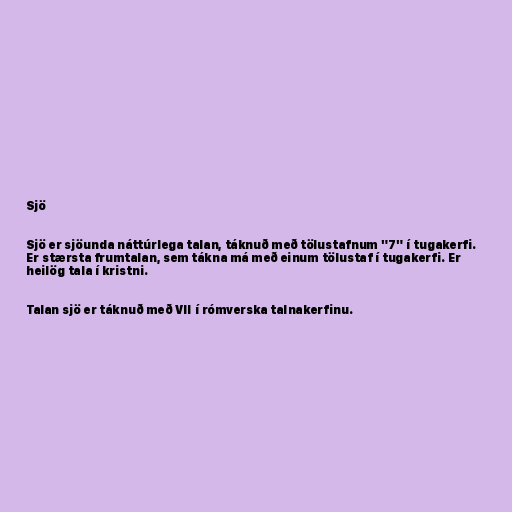
Sjö

Sjö er sjöunda náttúrlega talan, táknuð með tölustafnum "7" í tugakerfi.
Er stærsta frumtalan, sem tákna má með einum tölustaf í tugakerfi. Er
heilög tala í kristni.

Talan sjö er táknuð með VII í rómverska talnakerfinu.